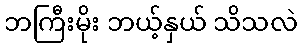
ဘကြီးမိုး ဘယ့်နှယ် သိသလဲ